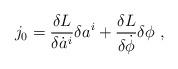
LaTeX: \begin{align*}j_0 = {\delta L\over \delta \dot{a}^i} \delta a^i + {\delta L\over \delta \dot{\phi}} \delta \phi \,\,,\end{align*}